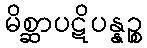
မိစ္ဆာပဋိပန္နဉ္စ